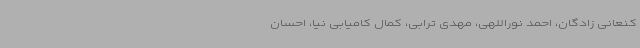
کنعانی زادگان، احمد نوراللهی، مهدی ترابی، کمال کامیابی نیا، احسان